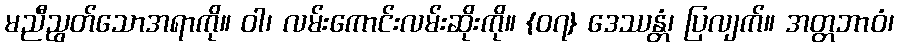
မညီညွတ်သောအရာကို။ ဝါ၊ လမ်းကောင်းလမ်းဆိုးကို။ {၀၇} ဒေဿန္တံ၊ ပြလျက်။ အတ္တဘာဝံ၊